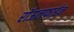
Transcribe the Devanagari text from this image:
रॉऊलफाईन